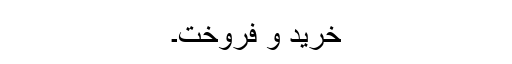
خرید و فروخت۔